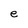
Character: e